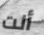
أنت